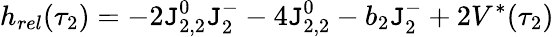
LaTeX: h_{rel}(\tau_{2})=-2\mathtt{J}_{2,2}^{0}\mathtt{J}_{2}^{-}-4\mathtt{J}_{2,2}^{0}-b_{2}\mathtt{J}_{2}^{-}+2V^{*}(\tau_{2})